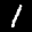
Label: 1